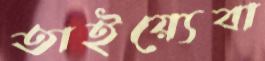
তাইয়্যেবা